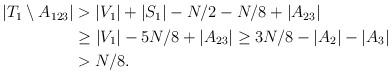
LaTeX: \begin{align*}\begin{aligned}|T_1\setminus A_{123}|&>|V_1|+|S_1|-N/2- N/8+|A_{23}|\\&\ge |V_1|-5N/8+|A_{23}| \ge 3N/8 -|A_2|-|A_3|\\& >N/8.\end{aligned}\end{align*}